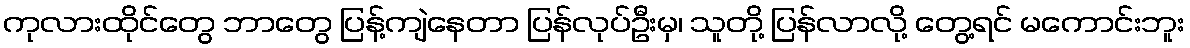
ကုလားထိုင်တွေ ဘာတွေ ပြန့်ကျဲနေတာ ပြန်လုပ်ဦးမှ၊ သူတို့ ပြန်လာလို့ တွေ့ရင် မကောင်းဘူး